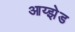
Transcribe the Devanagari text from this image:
आय्झेड